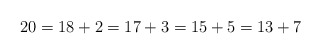
\begin{align*} 20 = 18 + 2 = 17 + 3 = 15 + 5 = 13 + 7\end{align*}